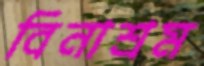
বিনাশ্রম